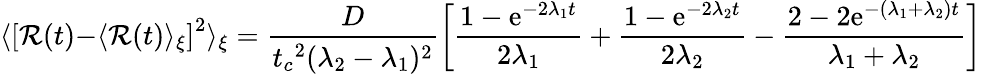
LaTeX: {\langle}\left[\mathcal{R}(t){-}\langle\mathcal{R}(t)\rangle_{\xi}\right]^{2}\rangle_{\xi}=\frac{{D}}{{{t_{c}}^{2}(\lambda_{2}-\lambda_{1})^{2}}}\left[\frac{{1-{\mathrm{{e}}}^{-2{\lambda_{1}}t}}}{{2{\lambda_{1}}}}+\frac{{1-{\mathrm{{e}}}^{-2{\lambda_{2}}t}}}{{2{\lambda_{2}}}}-\frac{{2-2{\mathrm{{e}}}^{-{(\lambda_{1}+\lambda_{2})}t}}}{{{\lambda_{1}}+\lambda_{2}}}\right]